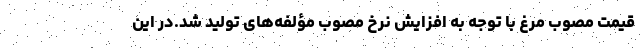
قیمت مصوب مرغ با توجه به افزایش نرخ مصوب مؤلفه‌های تولید شد.در این